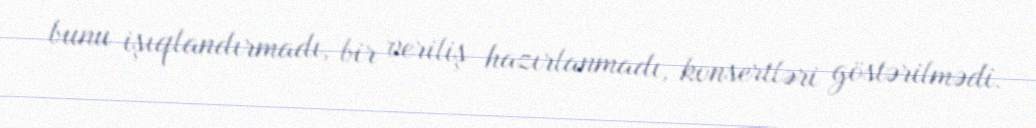
bunu işıqlandırmadı, bir veriliş hazırlanmadı, konsertləri göstərilmədi.